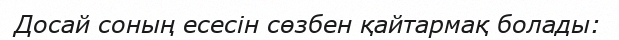
Досай соның есесін сөзбен қайтармақ болады: